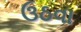
ઉઠવા